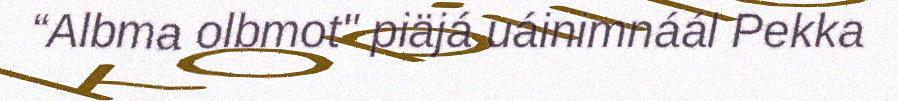
“Albma olbmot" piäjá uáinimnáál Pekka